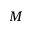
M